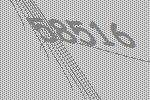
58516